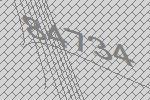
84734